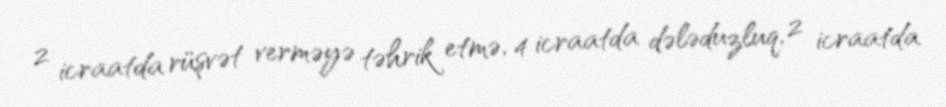
2 icraatda rüşvət verməyə təhrik etmə, 4 icraatda dələduzluq, 2 icraatda